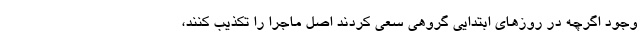
وجود اگرچه در روزهای ابتدایی گروهی سعی کردند اصل ماجرا را تکذیب کنند،